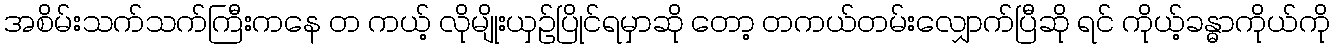
အစိမ်းသက်သက်ကြီးကနေ တ ကယ့် လိုမျိုးယှဉ်ပြိုင်ရမှာဆို တော့ တကယ်တမ်းလျှောက်ပြီဆို ရင် ကိုယ့်ခန္ဓာကိုယ်ကို